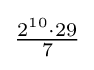
{\tfrac {2^{10}\cdot 29}{7}}